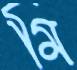
মি